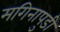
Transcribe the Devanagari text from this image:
मगिनापुडी